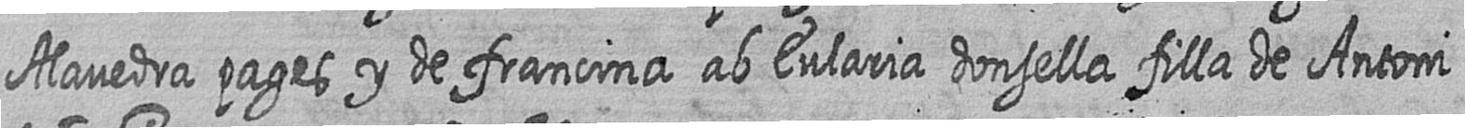
Alavedra pages y de francina ab Eularia donsella filla de Antoni